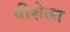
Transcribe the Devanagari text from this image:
दीशेला